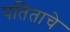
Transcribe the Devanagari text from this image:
पतिताचे